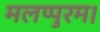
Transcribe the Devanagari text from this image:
मलप्पुरम।